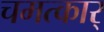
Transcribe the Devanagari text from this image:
चमत्कार्